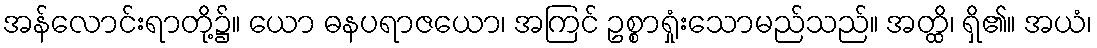
အန်လောင်းရာတို့၌။ ယော ဓနပရာဇယော၊ အကြင် ဥစ္စာရှုံးသောမည်သည်။ အတ္ထိ၊ ရှိ၏။ အယံ၊